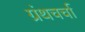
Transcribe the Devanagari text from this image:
ग्रंथचर्चा